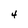
Character: 4